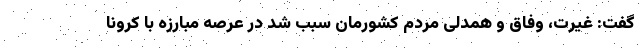
گفت: غیرت، وفاق و همدلی مردم کشورمان سبب شد در عرصه مبارزه با کرونا